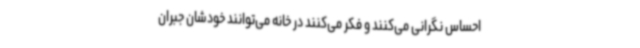
احساس نگرانی می‌کنند و فکر می‌کنند در خانه می‌توانند خودشان جبران